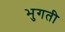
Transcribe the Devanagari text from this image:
भुगती